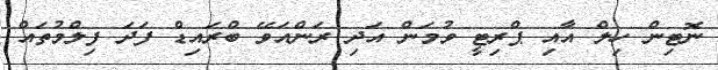
ނޮޓިން ހިލް އާއި ޕްރިޓީ ވުމަން އަދި ރަންއަވޭ ބްރައިޑް ފަދަ ފިލްމުތައް